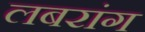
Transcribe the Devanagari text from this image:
लबरांग